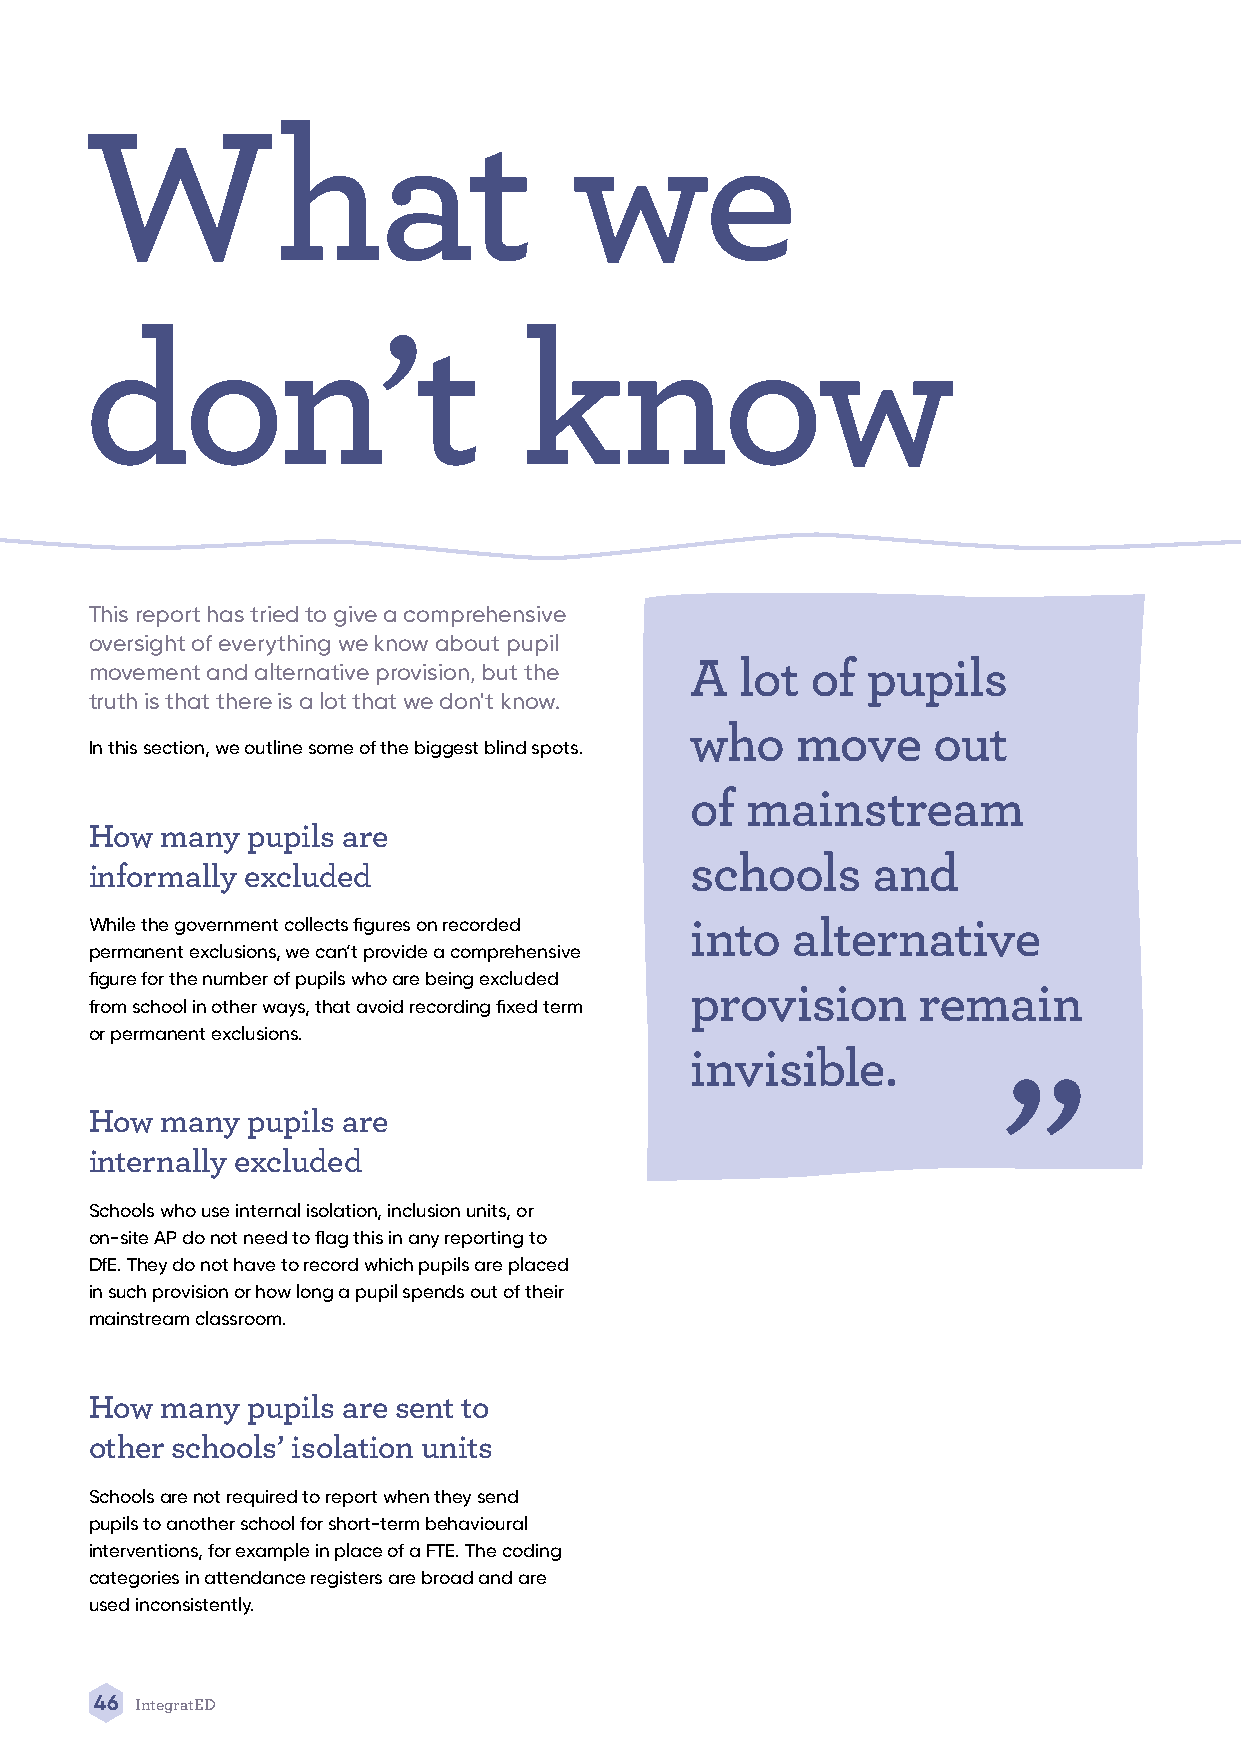
What                            we
 don’t                       know
 This report has tried to give a comprehensive
 oversight of everything we know about pupil
 movement and alternative provision, but the A lot of pupils
 truth is that there is a lot that we don't know.
 who    move     out
 In this section, we outline some of the biggest blind spots.
 of mainstream
 How  many pupils are
 schools     and
 informally excluded
 While the government collects figures on recorded into alternative
 permanent exclusions, we can’t provide a comprehensive      “
 figure for the number of pupils who are being excluded
 provision      remain
 from school in other ways, that avoid recording fixed term
 or permanent exclusions.
 invisible.
 How  many pupils are
 internally excluded
 Schools who use internal isolation, inclusion units, or
 on-site AP do not need to flag this in any reporting to
 DfE. They do not have to record which pupils are placed
 in such provision or how long a pupil spends out of their
 mainstream classroom.
 How  many pupils are sent to
 other schools’ isolation units
 Schools are not required to report when they send
 pupils to another school for short-term behavioural
 interventions, for example in place of a FTE. The coding
 categories in attendance registers are broad and are
 used inconsistently.
 46 IntegratED